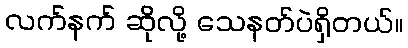
လက်နက် ဆိုလို့ သေနတ်ပဲရှိတယ်။